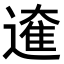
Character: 𮟁